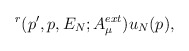
\begin{align*}^{r}(p^{\prime },p,E_{N};A_{\mu }^{ext})u_{N}(p),\end{align*}